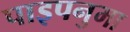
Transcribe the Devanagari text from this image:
पाइपनुमा